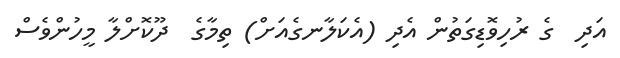
އަދި  ގެ ރުހިވޮޑިގަތުން އެދި (އެކަލާނގެއަށް) ތިމާގެ  ދޫކޮށްލާ މީހުންވެސް